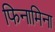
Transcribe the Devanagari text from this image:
फिनामिना